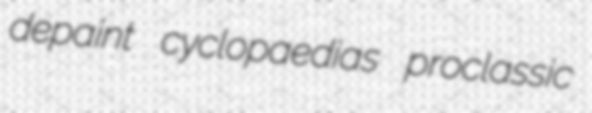
depaint cyclopaedias proclassic